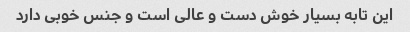
این تابه بسیار خوش دست و عالی است و جنس خوبی دارد